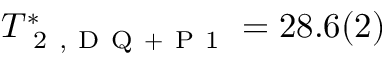
T _ { \mathrm { ~ 2 ~ , ~ D ~ Q ~ + ~ P ~ 1 ~ } } ^ { * } = 2 8 . 6 ( 2 )